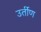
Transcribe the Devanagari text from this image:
उर्तीण